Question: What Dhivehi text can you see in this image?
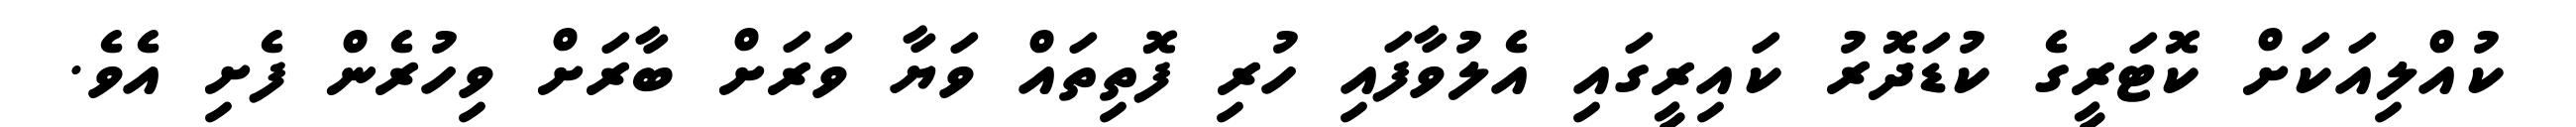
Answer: ކުއްލިއަކަށް ކޮޓަރީގެ ކުޑަދޮރު ކައިރީގައި އެލުވާފައި ހުރި ފޮތިތައް ވަޔާ ވަރަށް ބާރަށް ވިހުރެން ފެށި އެވެ.